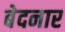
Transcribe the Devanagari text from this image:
बेदनार